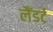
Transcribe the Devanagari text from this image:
लैंडर्ट